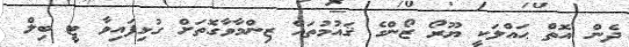
ދެން އޮތް ޙައްލަކީ ޔޫރޯ ޒޯންގެ ޤައުމުތައް ޒިންމާވާގޮތަށް ގުޅިފައިވާ ޓީ ބިލް